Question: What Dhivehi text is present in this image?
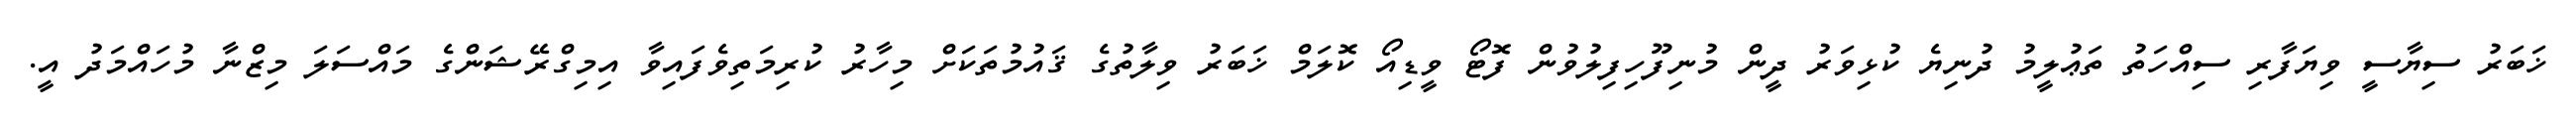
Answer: ޚަބަރު ސިޔާސީ ވިޔަފާރި ސިއްހަތު ތަޢުލީމު ދުނިޔެ ކުޅިވަރު ދީން މުނިފޫހިފިލުވުން ފޮޓޯ ވީޑިއޯ ކޮލަމް ޚަބަރު ވިލާތުގެ ޤައުމުތަކަށް މިހާރު ކުރިމަތިވެފައިވާ އިމިގްރޭޝަންގެ މައްސަލަ މިޒްނާ މުހައްމަދު އީ.